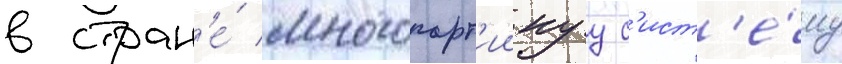
в стран'е́ многопарт'иинуу с'ист'е́му